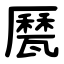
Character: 㽁